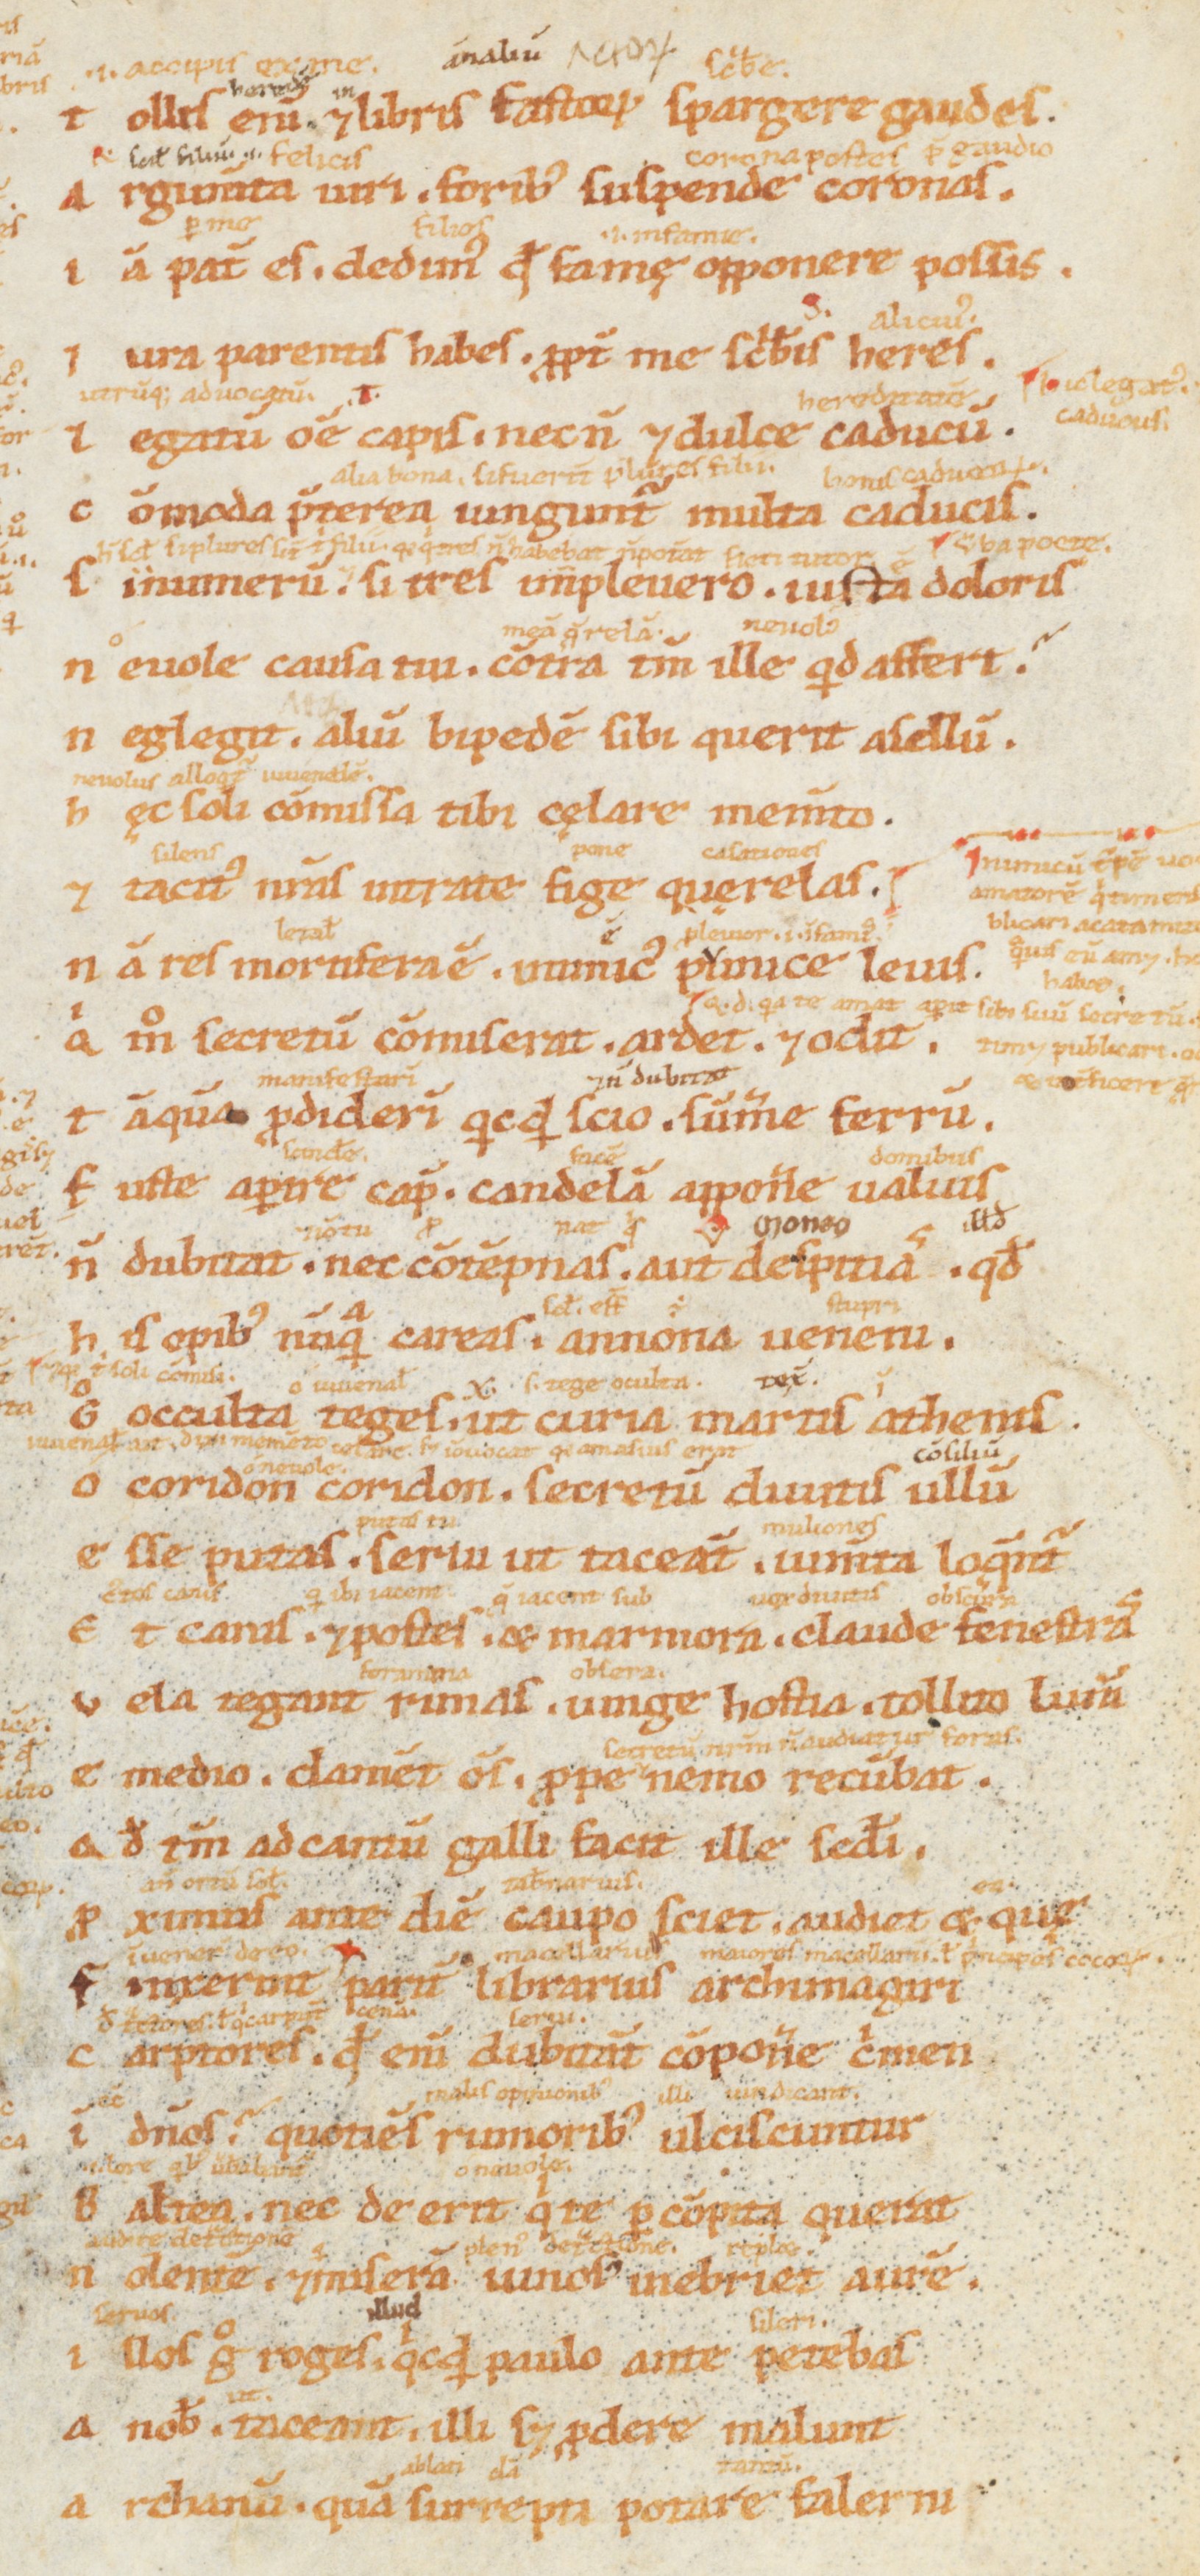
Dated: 1100–1199